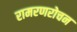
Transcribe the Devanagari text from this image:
रामरणरोचन